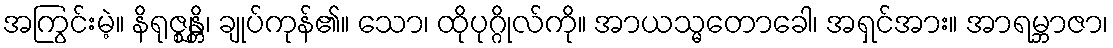
အကြွင်းမဲ့။ နိရုဇ္ဈန္တိ၊ ချုပ်ကုန်၏။ သော၊ ထိုပုဂ္ဂိုလ်ကို။ အာယသ္မတောခေါ၊ အရှင်အား။ အာရမ္ဘာဇာ၊